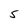
Character: 5